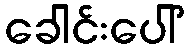
ခေါင်းပေါ်